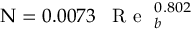
\Nu = 0 . 0 0 7 3 \, \mathrm { ~ { ~ R ~ e ~ } ~ } _ { b } ^ { 0 . 8 0 2 }